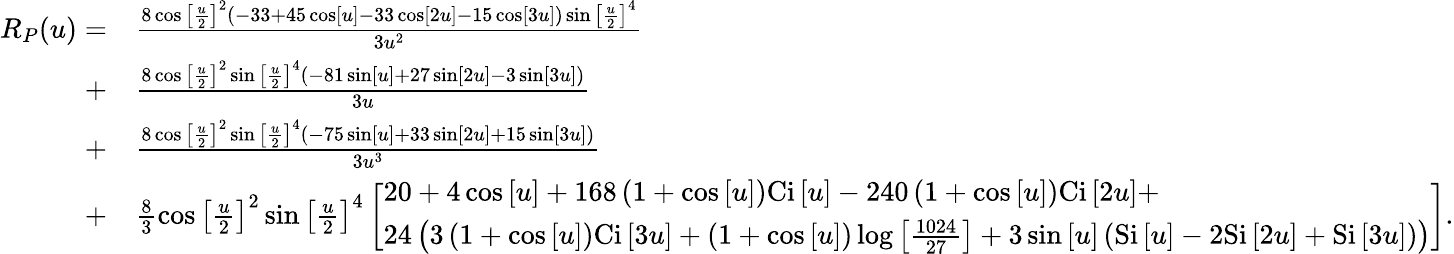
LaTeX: \begin{array}{rl}{{R_{P}}(u)=}&{\frac{{8\cos{{\left[{\frac{u}{2}}\right]}^{2}}\left({-33+45\cos\left[u\right]-33\cos\left[{2u}\right]-15\cos\left[{3u}\right]}\right)\sin{{\left[{\frac{u}{2}}\right]}^{4}}}}{{3{u^{2}}}}}\\ {+}&{\frac{{8\cos{{\left[{\frac{u}{2}}\right]}^{2}}\sin{{\left[{\frac{u}{2}}\right]}^{4}}\left({-81\sin\left[u\right]+27\sin\left[{2u}\right]-3\sin\left[{3u}\right]}\right)}}{{3u}}}\\ {+}&{\frac{{8\cos{{\left[{\frac{u}{2}}\right]}^{2}}\sin{{\left[{\frac{u}{2}}\right]}^{4}}\left({-75\sin\left[u\right]+33\sin\left[{2u}\right]+15\sin\left[{3u}\right]}\right)}}{{3{u^{3}}}}}\\ {+}&{\frac{8}{3}\cos{\left[{\frac{u}{2}}\right]^{2}}\sin{\left[{\frac{u}{2}}\right]^{4}}\left[\begin{array}{l}{20+4\cos\left[u\right]+168\left({1+\cos\left[u\right]}\right)\mathrm{{Ci}}\left[u\right]-240\left({1+\cos\left[u\right]}\right){\mathrm{Ci}}\left[{2u}\right]+}\\ {24\left({3\left({1+\cos\left[u\right]}\right)\mathrm{{Ci}}\left[{3u}\right]+\left({1+\cos\left[u\right]}\right)\log\left[{\frac{{1024}}{{27}}}\right]+3\sin\left[u\right]\left({{\mathrm{Si}}\left[u\right]-2\mathrm{{Si}}\left[{2u}\right]+{\mathrm{Si}}\left[{3u}\right]}\right)}\right)}\end{array}\right].}\end{array}